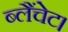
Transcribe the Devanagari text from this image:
ब्लैंचेट।